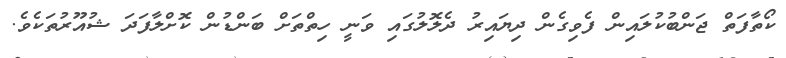
ކޯތާފަތް ޖަންބުކުލައިން ފެވިގެން ދިޔައިރު ދެލޮލުގައި ވަނީ ހިތްތަށް ބަންޑުން ކޮށްލާފަދަ ޝުއޫރުތަކެވެ.